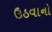
ઉઠવાનો